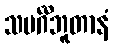
သမင်္ဂီဘူတာနံ